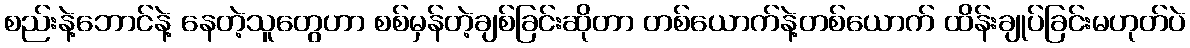
စည်းနဲ့ဘောင်နဲ့ နေတဲ့သူတွေဟာ စစ်မှန်တဲ့ချစ်ခြင်းဆိုတာ တစ်ယောက်နဲ့တစ်ယောက် ထိန်းချုပ်ခြင်းမဟုတ်ပဲ